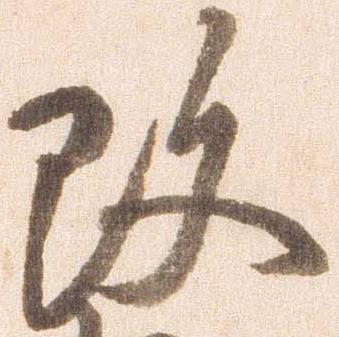
改